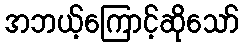
အဘယ့်ကြောင့်ဆိုသော်